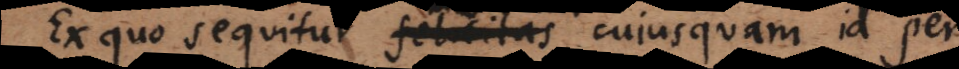
Ex quo sequitur felicitas cujusquam id per